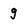
Character: 9